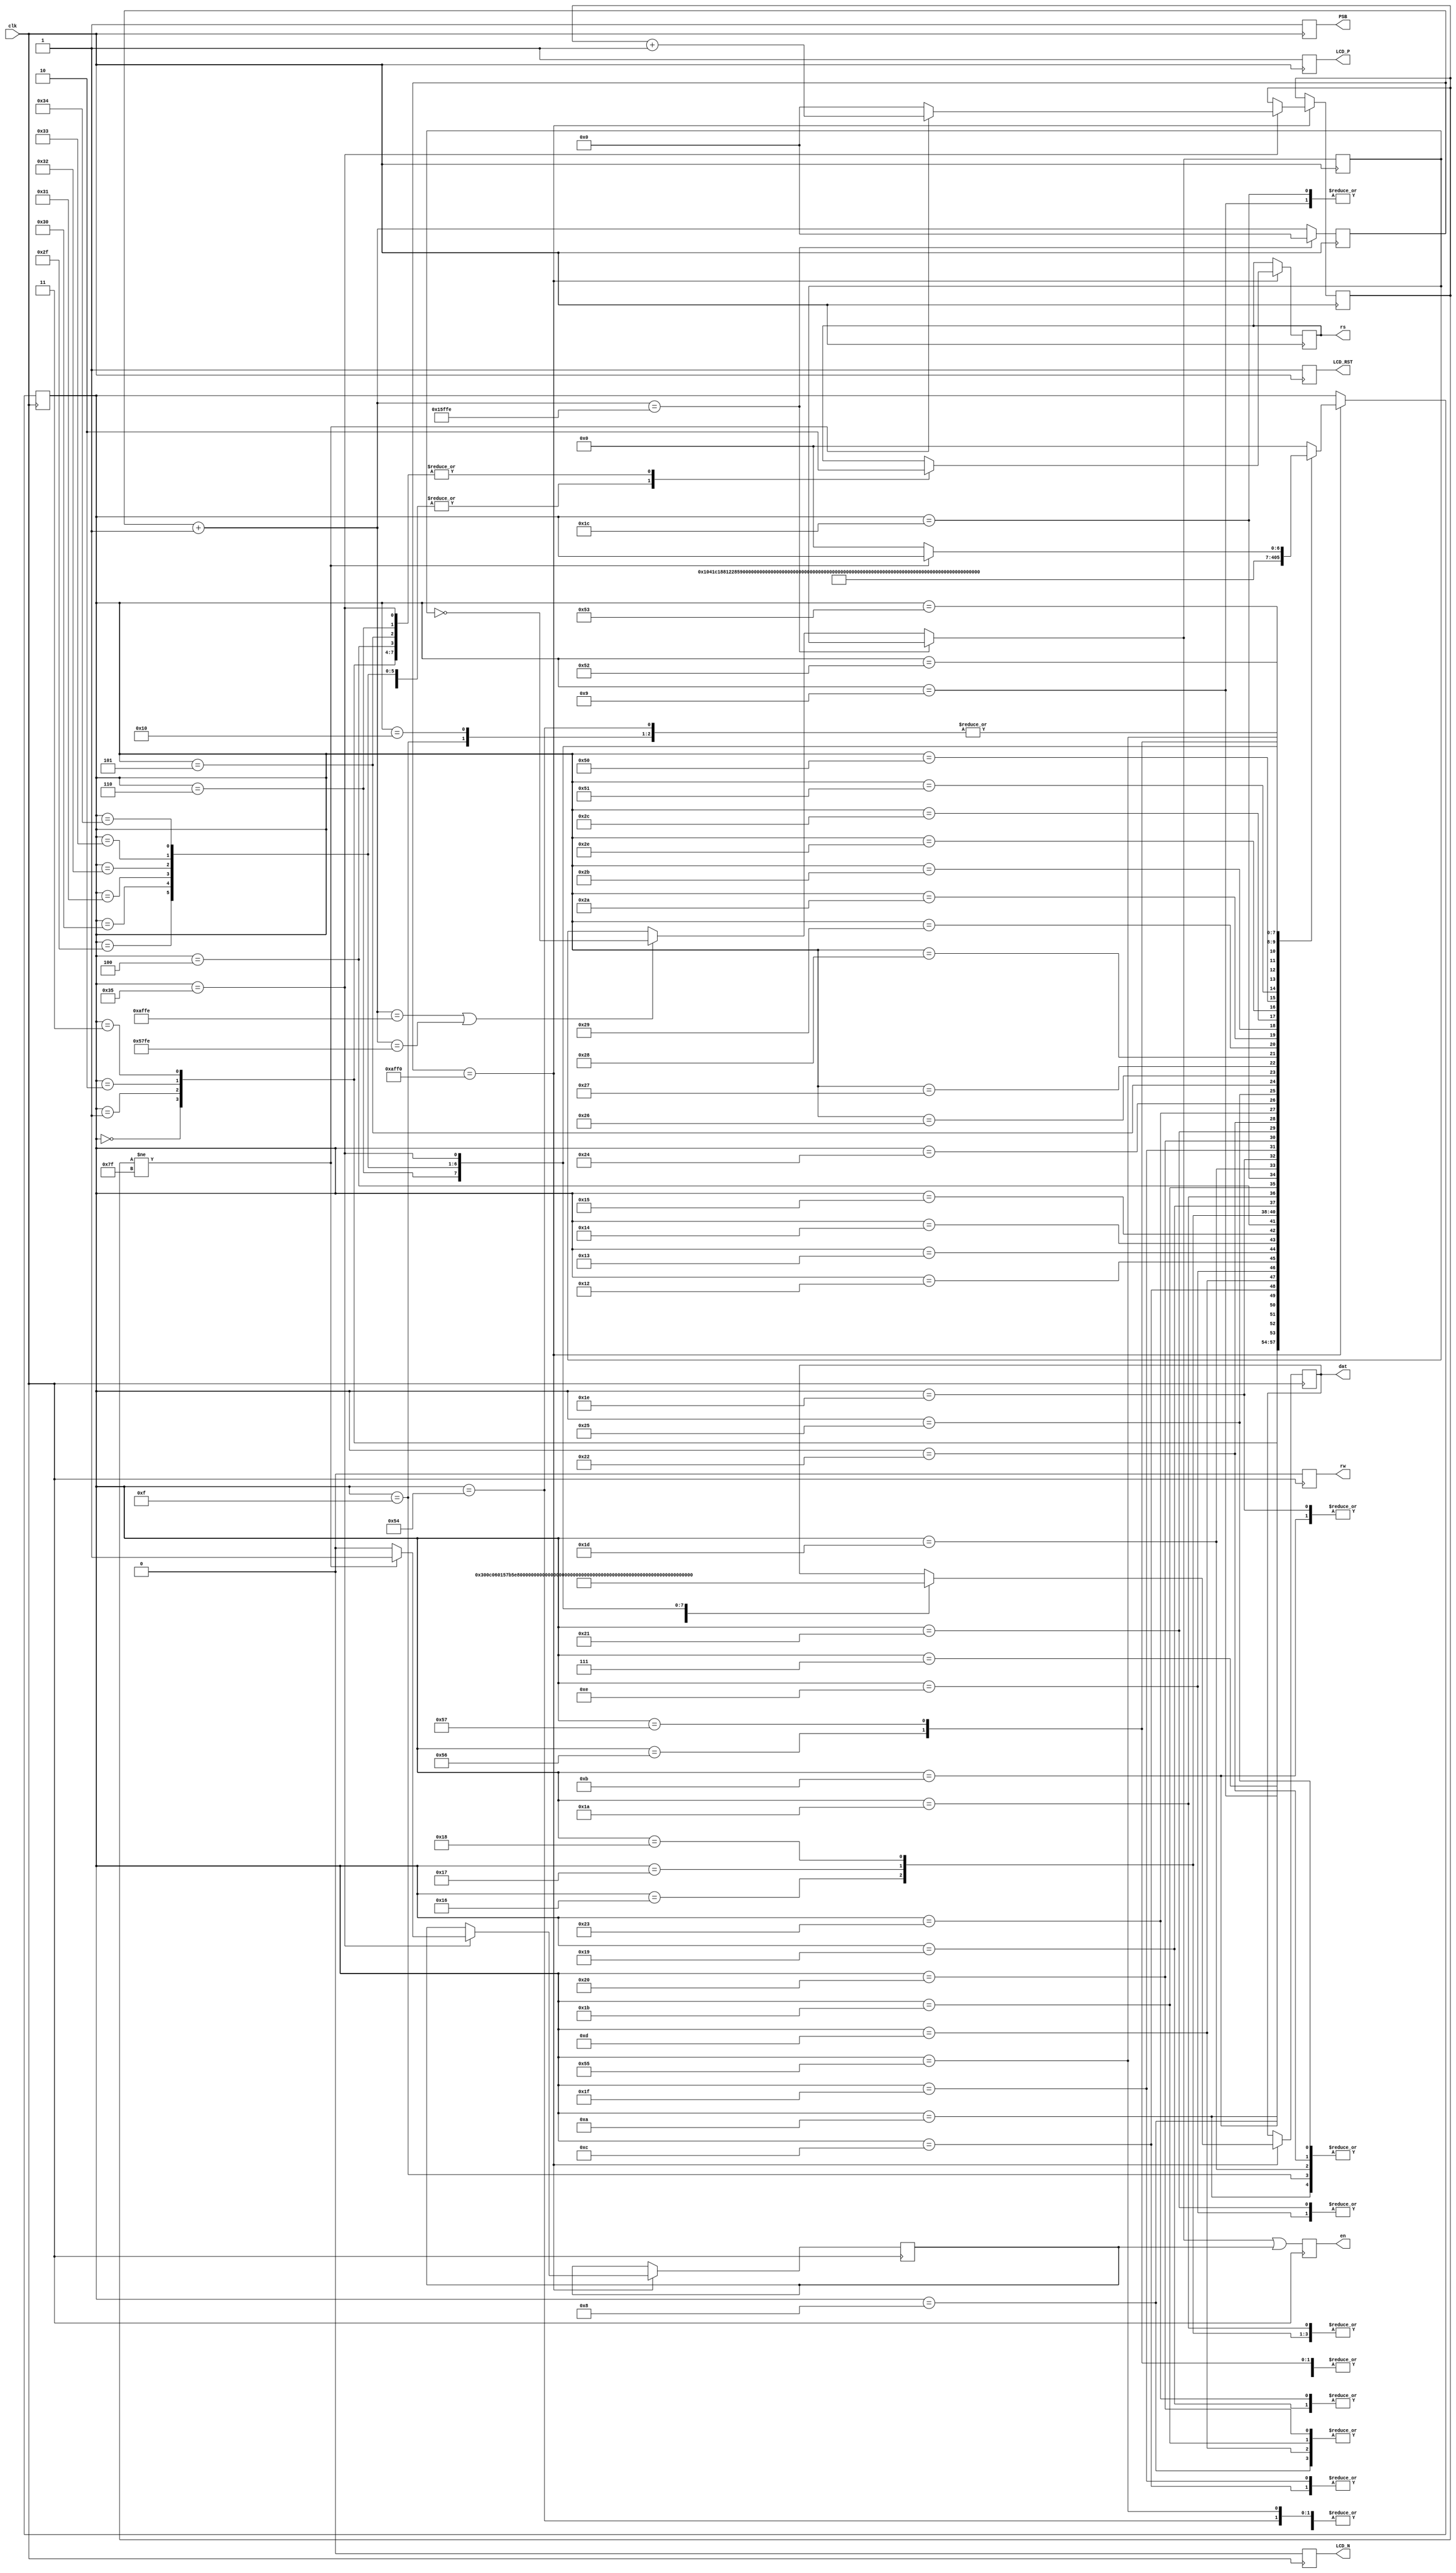
module lcd12864(LCD_N,LCD_P,LCD_RST,PSB,clk, rs, rw, en,dat);
output reg  LCD_N;
output reg LCD_P;
output reg LCD_RST;
output reg PSB;
input clk;  
 output [7:0] dat; 
 output reg rs,rw,en; 
 //tri en; 
 reg e; 
 reg [7:0] dat; 
  
 reg  [31:0] counter; 
 reg [6:0] current,next; 
 reg clkr; 
 reg [31:0] cnt; 
 parameter  set0=6'h0; 
 parameter  set1=6'h1; 
 parameter  set2=6'h2; 
 parameter  set3=6'h3; 
 parameter  set4=6'h4; 
 parameter  set5=6'h5;
 parameter  set6=6'h6;  

 parameter  dat0=6'h7; 
 parameter  dat1=6'h8; 
 parameter  dat2=6'h9; 
 parameter  dat3=6'hA; 
 parameter  dat4=6'hB; 
 parameter  dat5=6'hC;
 parameter  dat6=6'hD; 
 parameter  dat7=6'hE; 
 parameter  dat8=6'hF; 
 parameter  dat9=6'h10;

 parameter  dat10=6'h12; 
 parameter  dat11=6'h13; 
 parameter  dat12=6'h14; 
 parameter  dat13=6'h15; 
 parameter  dat14=6'h16; 
 parameter  dat15=6'h17;
 parameter  dat16=6'h18; 
 parameter  dat17=6'h19; 
 parameter  dat18=6'h1A; 
 parameter  dat19=6'h1B; 
 parameter  dat20=6'h1C;
 parameter  dat21=6'h1D; 
 parameter  dat22=6'h1E; 
 parameter  dat23=6'h1F; 
 parameter  dat24=6'h20; 
 parameter  dat25=6'h21; 
 parameter  dat26=6'h22; 
 parameter  dat27=6'h23; 
 parameter  dat28=6'h24; 
 parameter  dat29=6'h25; 
 parameter  dat30=6'h26; 
 parameter  dat31=6'h27; 
 parameter  dat32=6'h28; 
 parameter  dat33=6'h29; 
 parameter  dat34=6'h2A; 
 parameter  dat35=6'h2B;
 parameter  dat36=6'h2C; 
 parameter  dat37=6'h2E; 
 parameter  dat38=6'h2F; 
 parameter  dat39=6'h30;
 parameter  dat40=6'h31; 
 parameter  dat41=6'h32; 
 parameter  dat42=6'h33; 
 parameter  dat43=6'h34; 
   
  
 parameter  nul=6'h35; 
always @(posedge clk)         //da de shi zhong pinlv 
 begin 
  counter=counter+1; 
  if(counter==32'h15ffe)  begin
  counter<=0;
  end
  else if((counter==32'hAFFE)||(counter==32'h57FE)) begin
  clkr=~clkr; 
  end
en=clkr|e; 
rw=0; 
LCD_N=1'b0;
LCD_P=1'b1;
LCD_RST=1'b1;
PSB=1'b1;
end 
always @(posedge clk) 
begin 

 if(counter==32'haff0)begin 
		 current=next; 
		 case(current) 
			 set0:   begin  rs<=0; dat<=8'h30; next<=set1; end 
			 set1:   begin  rs<=0; dat<=8'h0c; next<=set2; end 
			 set2:   begin  rs<=0; dat<=8'h6; next<=dat0; end// 
			 set3:   begin  rs<=0; dat<=8'h1; next<=set3; end 
		
			 dat0:   begin  rs<=1; dat<="W"; next<=dat1; end //dat8?????
			 dat1:   begin  rs<=1; dat<="a"; next<=dat2; end 
			 dat2:   begin  rs<=1; dat<="v"; next<=dat3; end 
			 dat3:   begin  rs<=1; dat<="e";next<=dat4; end 
			 dat4:   begin  rs<=1; dat<="s"; next<=dat5; end 
			 dat5:   begin  rs<=1; dat<="h"; next<=dat6; end 
			 dat6:   begin  rs<=1; dat<="a"; next<=dat7; end 
			 dat7:   begin  rs<=1; dat<="r";next<=dat8; end 
			 dat8:   begin  rs<=1; dat<="e"; next<=nul; end 
			 dat9:   begin  rs<=1; dat<=" ";next<= nul ; end 
			 
			 dat10:   begin  rs<=1; dat<=8'hB5; next<=dat11; end 
			 dat11:   begin  rs<=1; dat<=8'hE7; next<=dat12; end 
		 
			 dat12:   begin  rs<=1; dat<=8'hd7;next<=dat13; end 
			 dat13:   begin  rs<=1; dat<=8'hd3; next<=dat10; end 
			 
			 
		
			 set4:   begin  rs<=0; dat<=8'h90; next<=dat14; end //?????
		
			 dat14:   begin  rs<=1; dat<="w"; next<=dat15; end 
			 dat15:   begin  rs<=1; dat<="w"; next<=dat16; end 
			 dat16:   begin  rs<=1; dat<="w"; next<=dat17; end 
			 dat17:   begin  rs<=1; dat<="."; next<=dat18; end 
			 dat18:   begin  rs<=1; dat<="w"; next<=dat19; end 
			 dat19:   begin  rs<=1; dat<="a"; next<=dat20; end
			 dat20:   begin  rs<=1; dat<="v"; next<=dat21; end 
			 dat21:   begin  rs<=1; dat<="e"; next<=dat22; end 
			 dat22:   begin  rs<=1; dat<="s"; next<=dat23; end 
			 dat23:   begin  rs<=1; dat<="h"; next<=dat24 ; end
			 
			 dat24:   begin  rs<=1; dat<="a"; next<=dat25; end 
			 dat25:   begin  rs<=1; dat<="r"; next<=dat26; end  
			 
			 dat26:   begin  rs<=1; dat<="e"; next<=dat27; end 
			 dat27:   begin  rs<=1; dat<="."; next<=dat28; end 
			 
			 dat28:   begin  rs<=1; dat<="n"; next<=dat29; end 
			 dat29:   begin  rs<=1; dat<="e"; next<=set5 ; end 
		
			set5:   begin  rs<=0; dat<=8'h88; next<=dat30; end //?????
		
		
			 dat30:   begin  rs<=1; dat<="F"; next<=dat31; end 
			 dat31:   begin  rs<=1; dat<="P"; next<=dat32; end 
			 dat32:   begin  rs<=1; dat<="G"; next<=dat33; end 
			 dat33:   begin  rs<=1; dat<="A"; next<=dat34; end 
			 dat34:   begin  rs<=1; dat<="-"; next<=dat35;   end 
			 dat35:   begin  rs<=1; dat<="N"; next<=dat36;   end 
		
			 dat36:   begin  rs<=1; dat<="I"; next<=dat37;   end 
			 dat37:   begin  rs<=1; dat<="O"; next<=8'h50;   end 
		
			 8'h50:   begin  rs<=1; dat<="S"; next<=8'h51; end 
			 8'h51:   begin  rs<=1; dat<=" "; next<=8'h52; end 
			 8'h52:   begin  rs<=1; dat<="I"; next<=8'h53; end 
			 8'h53:   begin  rs<=1; dat<="I"; next<=8'h54; end 
			 8'h54:   begin  rs<=1; dat<=" "; next<=nul;   end 
			 8'h55:   begin  rs<=1; dat<=" "; next<=8'h56;   end 
		
			 8'h56:   begin  rs<=1; dat<="I"; next<=8'h57;   end 
			 8'h57:   begin  rs<=1; dat<="I"; next<=set6;   end 
			 
			 
			 set6:   begin  rs<=0; dat<=8'h98; next<=dat38; end //?????
		
			 dat38:   begin  rs<=1; dat<=8'hBF; next<=dat39; end 
			 dat39:   begin  rs<=1; dat<=8'haa; next<=dat40; end 
			 dat40:   begin  rs<=1; dat<=8'hb7; next<=dat41; end 
			 dat41:   begin  rs<=1; dat<=8'ha2; next<=dat42;   end 
			 dat42:   begin  rs<=1; dat<=8'hB0; next<=dat43;   end 
			 dat43:   begin  rs<=1; dat<=8'hE5; next<=8'h55;   end 
		
			  nul:   begin rs<=0;  dat<=8'h00;                    // ????E ? ?? 
							if(cnt!=32'h7f)  
								begin  
									  e<=1;cnt<=cnt+1;  
								end  
								 else  
									begin next<=set0; e<=0; cnt<=0; 
								  end    
						  end 
			default:   next=set0; 
			 endcase 
	end		 
	
end 

endmodule